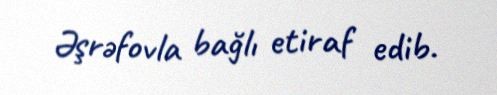
Əşrəfovla bağlı etiraf edib.